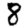
Digit: 8